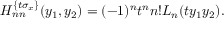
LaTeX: H _ { n n } ^ { \{ t \sigma _ { x } \} } ( y _ { 1 } , y _ { 2 } ) = ( - 1 ) ^ { n } t ^ { n } n ! L _ { n } ( t y _ { 1 } y _ { 2 } ) .